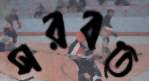
সরবতে